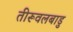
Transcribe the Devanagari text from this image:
तीरूवलबाडु